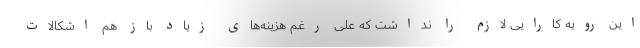
این رویه کارایی لازم را نداشت که علی رغم هزینه‌های زیاد باز هم اشکالات